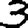
Digit: 3